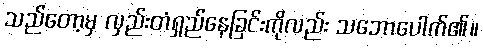
သည်တော့မှ လှည်းတံရှည်နေခြင်းကိုလည်း သဘောပေါက်၏။